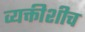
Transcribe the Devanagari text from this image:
व्यक्तीशीच